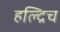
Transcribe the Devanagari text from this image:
हल्द्रिच